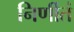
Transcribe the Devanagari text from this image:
निर्णीतं